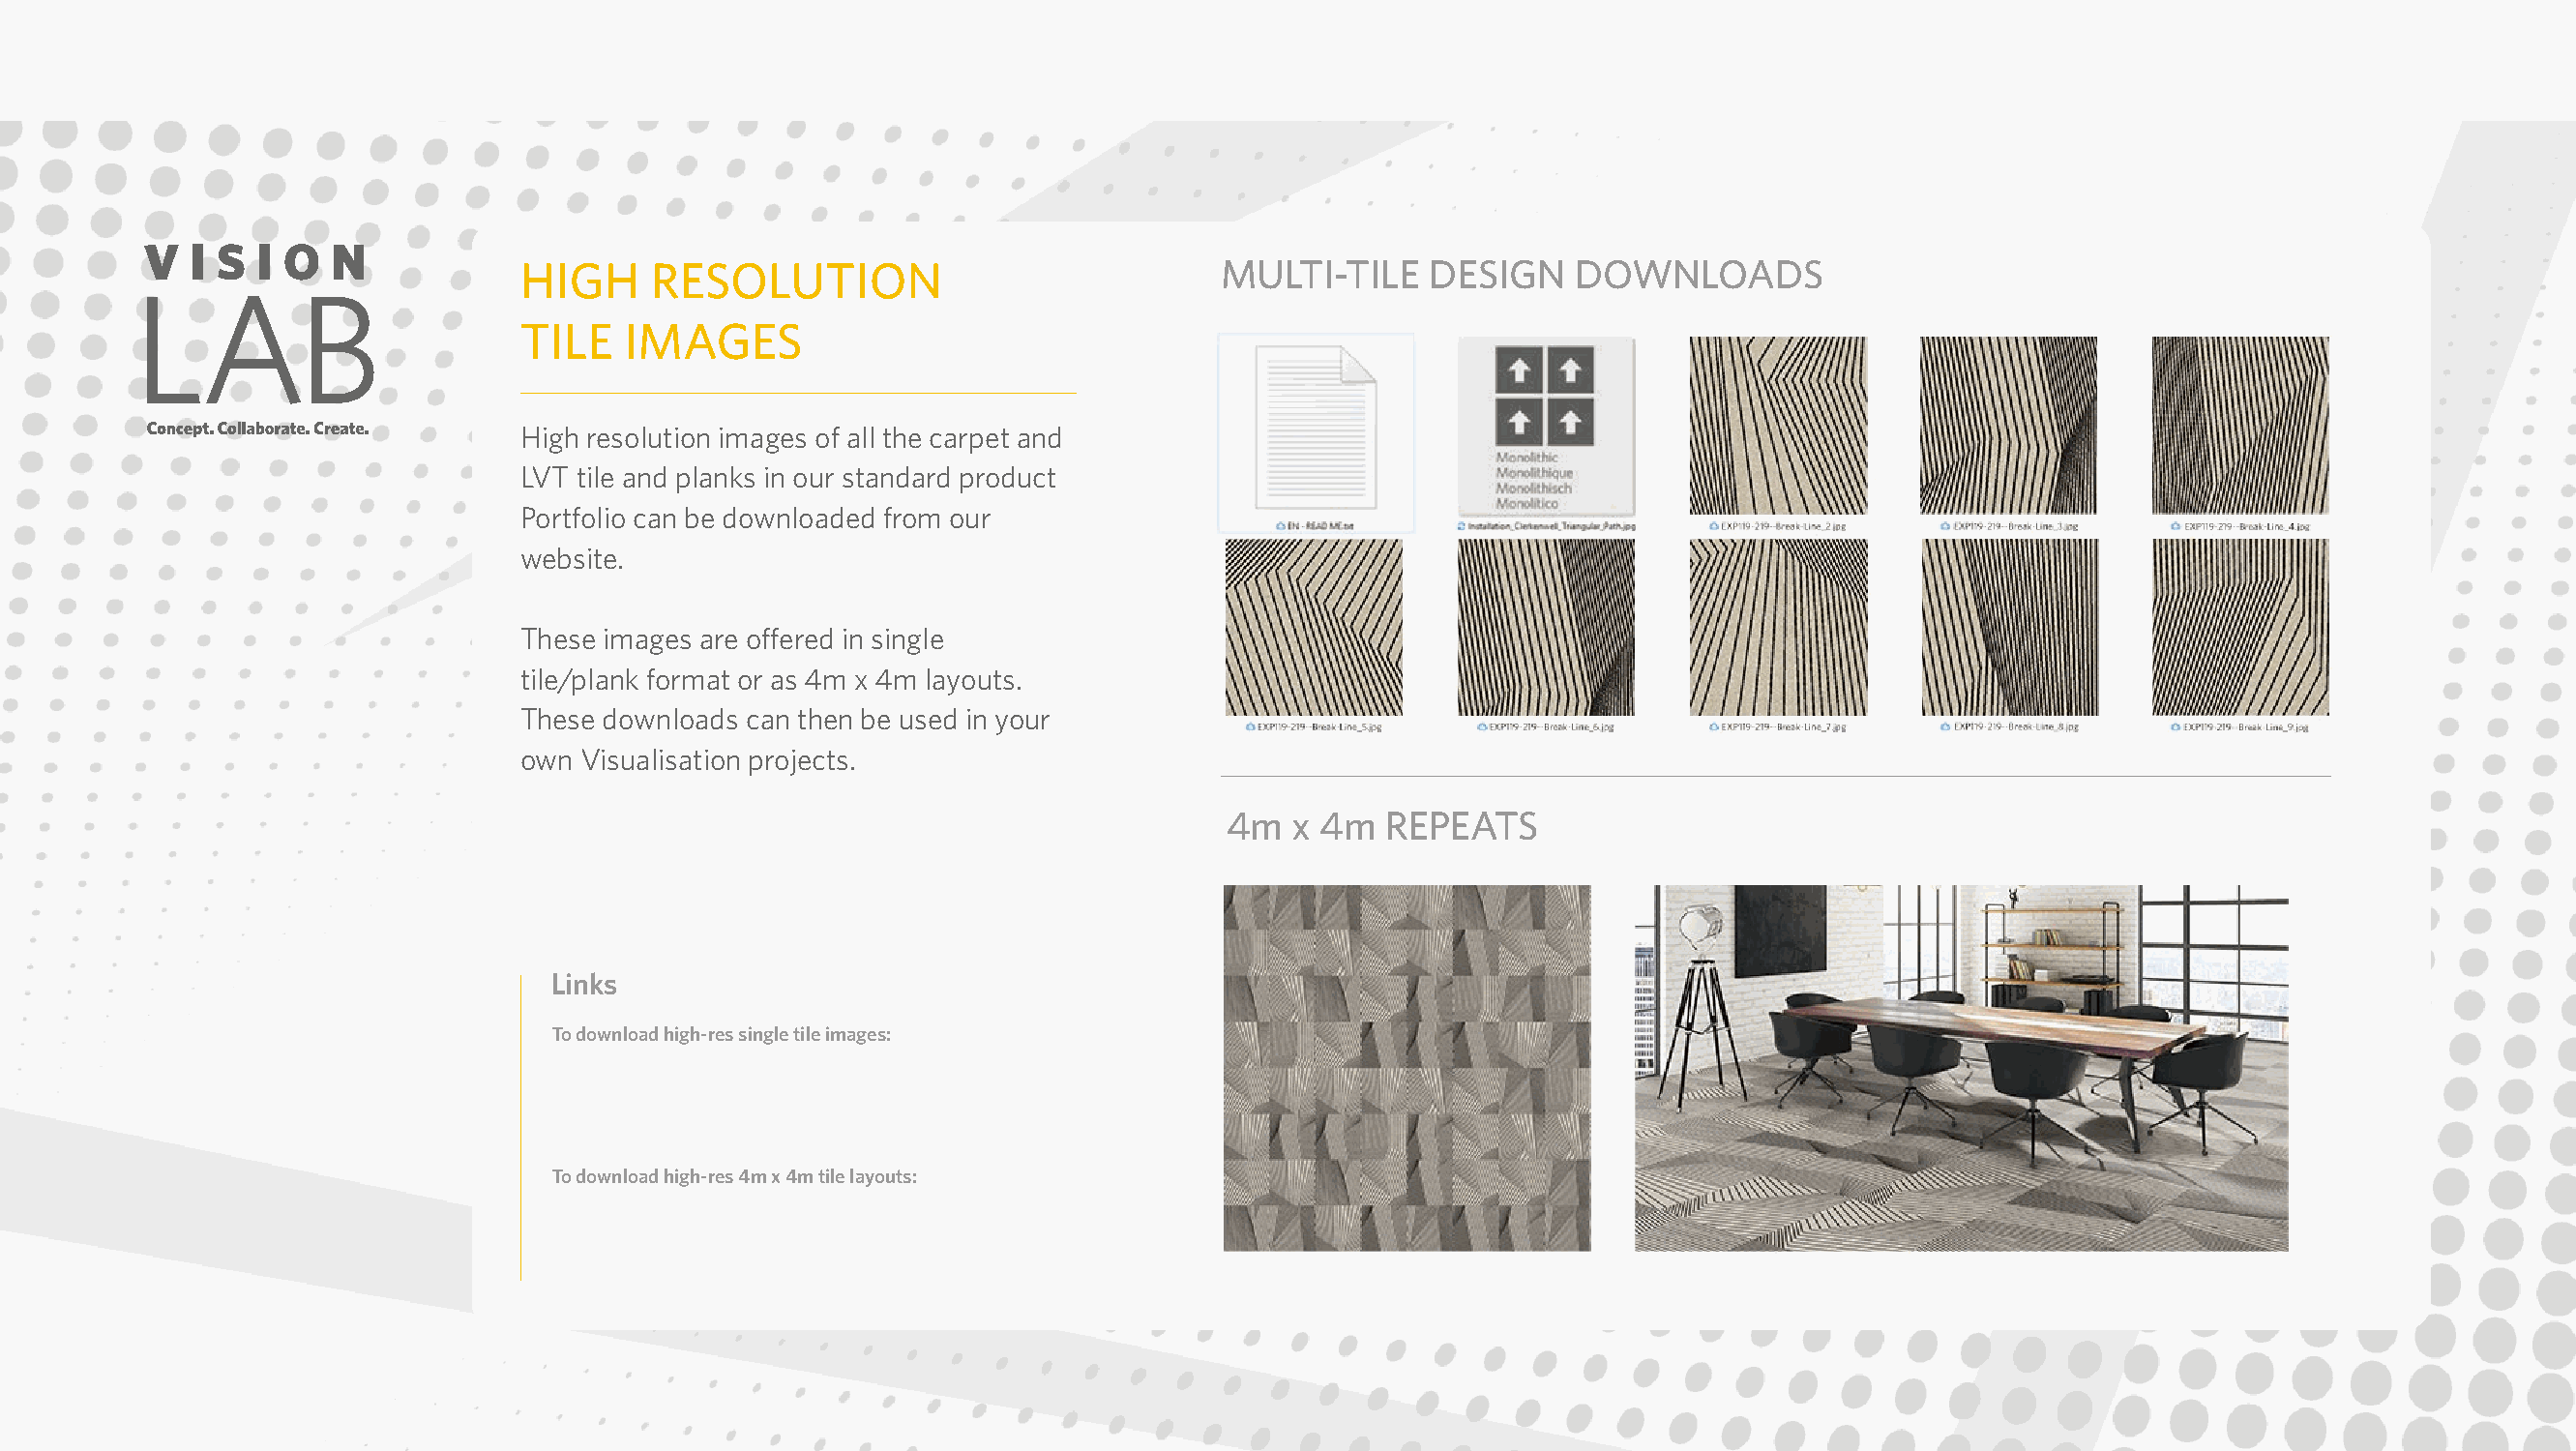
HIGH     RESOLUTION                             MULTI-TILE    DESIGN    DOWNLOADS
 TILE   IMAGES
 High resolution images of all the carpet and
 LVT tile and planks in our standard product
 Portfolio can be downloaded from our
 website.
 These images are offered in single
 tile/plank format or as 4m x 4m layouts.
 These downloads can then be used in your
 own Visualisation projects.
 4m  x 4m   REPEATS
 Links
 To download high-res single tile images:
 To download high-res 4m x 4m tile layouts: